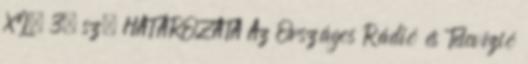
XI. 3. sz. HATÁROZATA Az Országos Rádió és Televízió